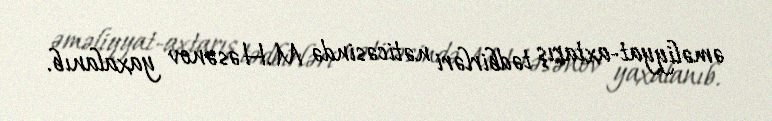
əməliyyat-axtarış tədbirləri nəticəsində M.Həsənov yaxalanıb.